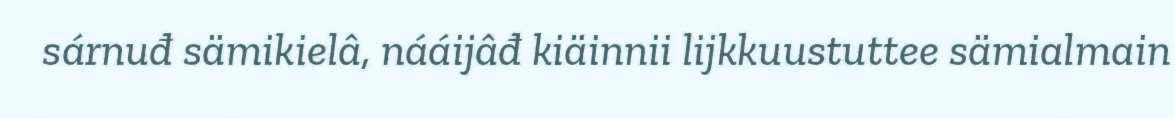
sárnuđ sämikielâ, nááijâđ kiäinnii lijkkuustuttee sämialmain